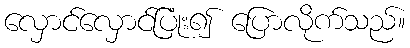
လှောင်လှောင်ပြုံး၍ ပြောလိုက်သည်။